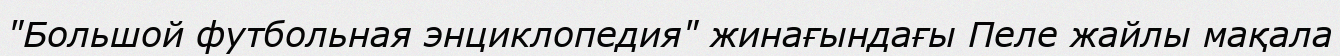
"Большой футбольная энциклопедия" жинағындағы Пеле жайлы мақала